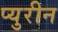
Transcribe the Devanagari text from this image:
प्युरीन